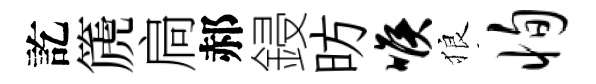
訖篪扃郝鋟昉喉狼恂